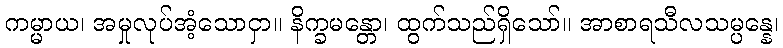
ကမ္မာယ၊ အမှုလုပ်အံ့သောငှာ။ နိက္ခမန္တော၊ ထွက်သည်ရှိသော်။ အာစာရသီလသမ္ပန္နေ၊